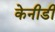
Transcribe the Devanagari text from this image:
केनीडी